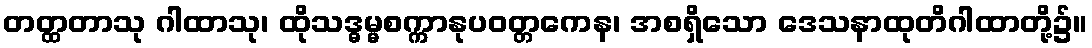
တတ္ထတာသု ဂါထာသု၊ ထိုသဒ္ဓမ္မစက္ကာနုပဝတ္တကေန၊ အစရှိသော ဒေသနာထုတိဂါထာတို့၌။